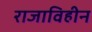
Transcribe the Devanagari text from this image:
राजाविहीन